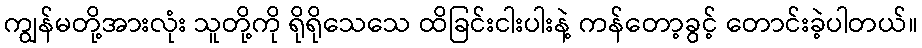
ကျွန်မတို့အားလုံး သူတို့ကို ရိုရိုသေသေ ထိခြင်းငါးပါးနဲ့ ကန်တော့ခွင့် တောင်းခဲ့ပါတယ်။